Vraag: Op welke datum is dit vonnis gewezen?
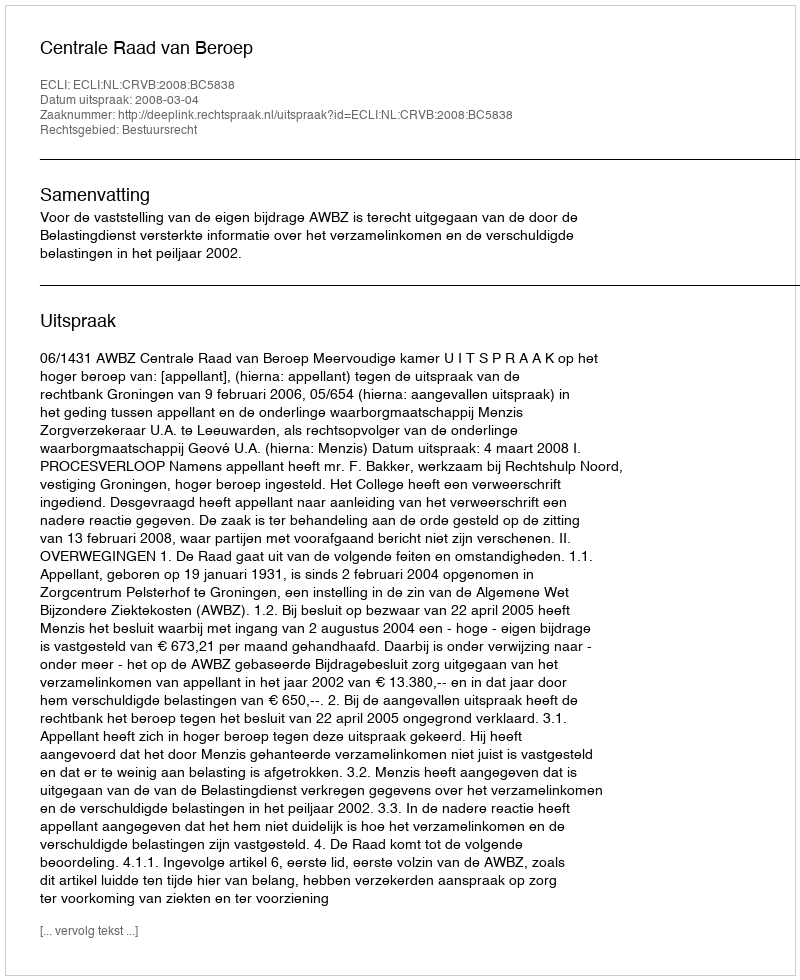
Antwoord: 2008-03-04